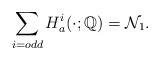
LaTeX: \begin{align*} \sum_{i=odd} H_a^i(\cdot;\mathbb Q)=\mathcal N_1.\end{align*}